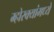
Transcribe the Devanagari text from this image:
म्होरक्यांमध्ये